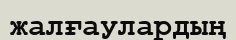
жалғаулардың